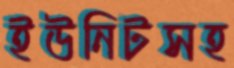
ইউনিটসহ